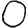
Digit: 0